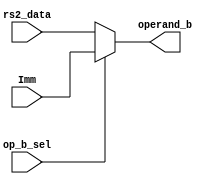
module mux_3(
input wire op_b_sel,
input wire [31:0] rs2_data,
input wire [31:0] Imm,
output reg [31:0] operand_b
);
always @(*) begin
if (op_b_sel)
      operand_b = Imm;
else 
      operand_b = rs2_data;
end
endmodule